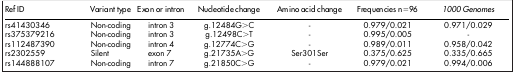
<table><thead><tr><td><b>Ref ID</b></td><td><b>Variant type</b></td><td><b>Exon or intron</b></td><td><b>Nucleotide change</b></td><td><b>Amino acid change</b></td><td><b>Frequencies n = 96</b></td><td><b><i>1000 Genomes</i></b></td></tr></thead><tbody><tr><td>rs41430346</td><td>Non-coding</td><td>intron 3</td><td>g.12484G&gt;C</td><td>-</td><td>0.979/0.021</td><td>0.971/0.029</td></tr><tr><td>rs375379216</td><td>Non-coding</td><td>intron 3</td><td>g.12498C&gt;T</td><td>-</td><td>0.995/0.005</td><td>-</td></tr><tr><td>rs112487390</td><td>Non-coding</td><td>intron 4</td><td>g.12774C&gt;G</td><td>-</td><td>0.989/0.011</td><td>0.958/0.042</td></tr><tr><td>rs2302559</td><td>Silent</td><td>exon 7</td><td>g.21735A&gt;G</td><td>Ser301Ser</td><td>0.375/0.625</td><td>0.335/0.665</td></tr><tr><td>rs144888107</td><td>Non-coding</td><td>intron 7</td><td>g.21850C&gt;G</td><td>-</td><td>0.979/0.021</td><td>0.994/0.006</td></tr></tbody></table>